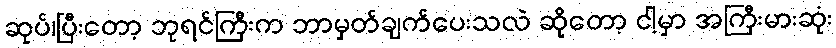
ဆုပ်၊ပြီးတော့ ဘုရင်ကြီးက ဘာမှတ်ချက်ပေးသလဲ ဆိုတော့ ငါ့မှာ အကြီးမားဆုံး